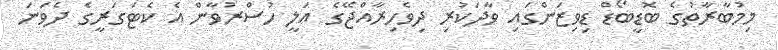
މިމުބާރާތުގެ ބޮޑީބޯޑް ޑިވިޒަންގައި ވާދަކުރި ދިވެހިރާއްޖޭގެ އަލީ ހުސްރުވާން އެ ކެޓަގަރީގެ ދެވަނަ